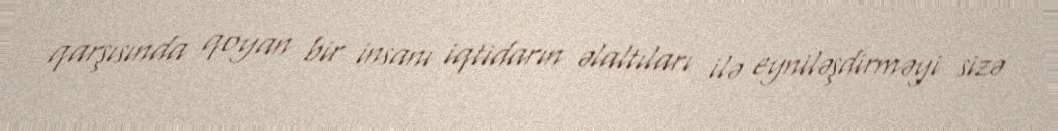
qarşısında qoyan bir insanı iqtidarın əlaltıları ilə eyniləşdirməyi sizə